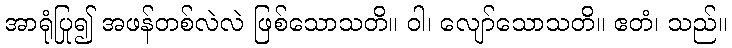
အာရုံပြု၍ အဖန်တစ်လဲလဲ ဖြစ်သောသတိ။ ဝါ၊ လျော်သောသတိ။ ဧတံ၊ သည်။